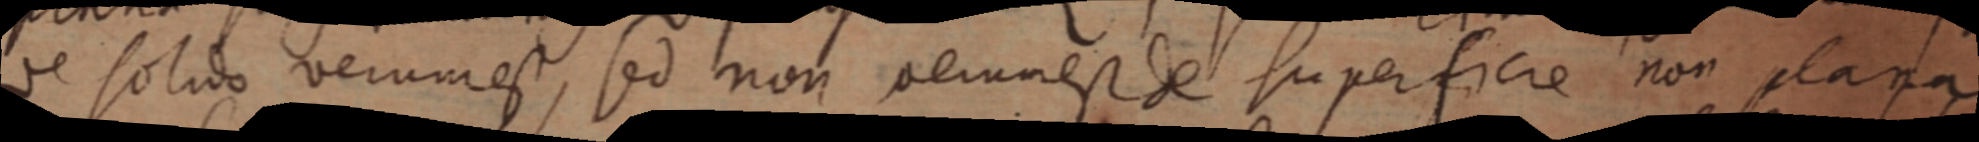
de solido verum est, sed non verum est de superficie non plana